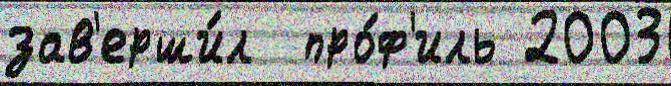
зав'ерши́л  про́ф'иль 2003